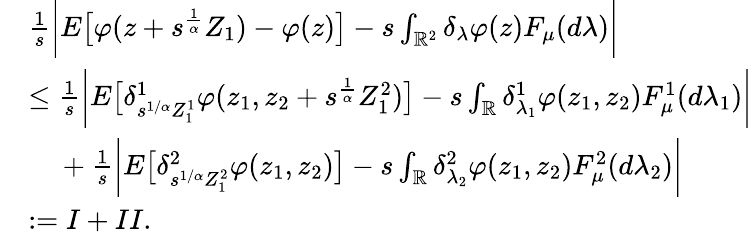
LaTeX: \begin{array}{rl}&{\frac{1}{s}\bigg\vert E\big[\varphi(z+s^{\frac{1}{\alpha}}Z_{1})-\varphi(z)\big]-s\int_{\mathbb{R}^{2}}\delta_{\lambda}\varphi(z)F_{\mu}(d\lambda)\bigg\vert}\\ &{\leq\frac{1}{s}\bigg\vert E\big[\delta_{s^{1/\alpha}Z_{1}^{1}}^{1}\varphi(z_{1},z_{2}+s^{\frac{1}{\alpha}}Z_{1}^{2})\big]-s\int_{\mathbb{R}}\delta_{\lambda_{1}}^{1}\varphi(z_{1},z_{2})F_{\mu}^{1}(d\lambda_{1})\bigg\vert}\\ &{\mathrm{~\ ~\ }+\frac{1}{s}\bigg\vert E\big[\delta_{s^{1/\alpha}Z_{1}^{2}}^{2}\varphi(z_{1},z_{2})\big]-s\int_{\mathbb{R}}\delta_{\lambda_{2}}^{2}\varphi(z_{1},z_{2})F_{\mu}^{2}(d\lambda_{2})\bigg\vert}\\ &{:=I+II.}\end{array}